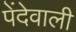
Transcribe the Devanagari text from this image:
पेंदेवाली